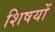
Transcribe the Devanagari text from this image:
शिषयों